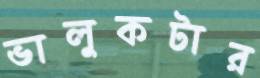
ভালুকটার